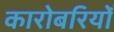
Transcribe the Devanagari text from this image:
कारोबरियोँ